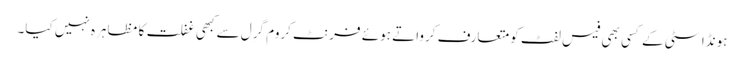
ہونڈا سٹی کے کسی بھی فیس لفٹ کو متعارف کرواتے ہوئے فرنٹ کروم گرِل سے کبھی غفلت کا مظاہرہ نہیں کیا۔